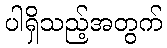
ပါရှိသည့်အတွက်